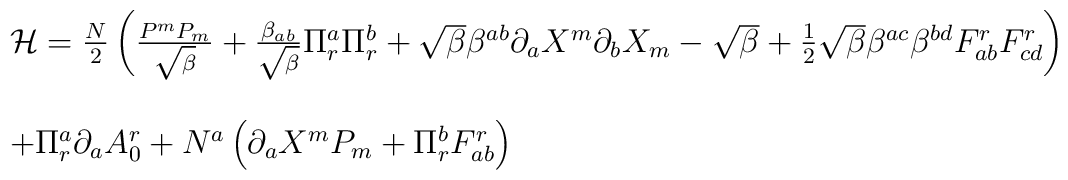
\begin{array}{l}{\cal H} = \frac{N}{2}\left( \frac{P^{m}P_{m}}{\sqrt{\beta}}+\frac{\beta _{ab} }{\sqrt{\beta }}\Pi _{r}^{a}\Pi_{r}^{b}+\sqrt{\beta }\beta ^{ab}\partial _{a}X^{m}\partial_{b}X_{m}-\sqrt{\beta }+\frac{1}{2}\sqrt{\beta }\beta ^{ac}\beta^{bd}F_{ab}^{r}F_{cd}^{r}\right) \\\\+\Pi _{r}^{a}\partial _{a}A_{0}^{r}+N^{a}\left( \partial _{a}X^{m}P_{m}+\Pi^{b}_rF^{r}_{ab}\right)\end{array}